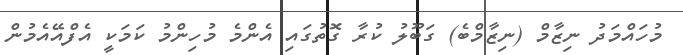
މުހައްމަދު ނިޒާމް (ނިޒާމްބެ) ގަބޫލު ކުރާ ގޮތުގައި އެންމެ މުހިންމު ކަމަކީ އެފްއޭއެމުން